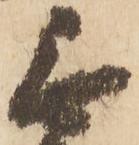
無